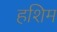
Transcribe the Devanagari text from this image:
हशिम